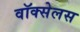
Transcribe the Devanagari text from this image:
वॉक्सेलस